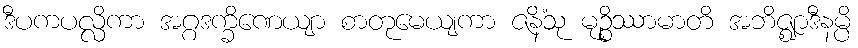
ဒီပကပလ္လိကာ အဂ္ဂဒက္ခိဏေယျာ စာတုမေယျကာ ဇနိံသု မုဉ္စိဿာမာတိ အဘိဇ္ဈာဒီနမ္ပိ